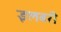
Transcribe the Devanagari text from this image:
इलबरी